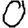
Digit: 0